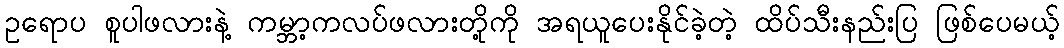
ဥရောပ စူပါဖလားနဲ့ ကမ္ဘာ့ကလပ်ဖလားတို့ကို အရယူပေးနိုင်ခဲ့တဲ့ ထိပ်သီးနည်းပြ ဖြစ်ပေမယ့်